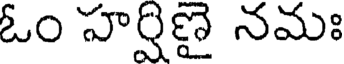
ఓం హర్షిణై నమః